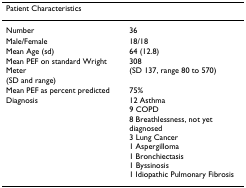
| Patient Characteristics |  |
 | --- | --- |
 | Number | 36 |
 | Male/Female | 18/18 |
 | Mean Age (sd) | 64 (12.8) |
 | Mean PEF on standard Wright Meter(SD and range) | 308(SD 137, range 80 to 570) |
 | Mean PEF as percent predicted | 75% |
 | Diagnosis | 12 Asthma9 COPD8 Breathlessness, not yet diagnosed3 Lung Cancer1 Aspergilloma1 Bronchiectasis1 Byssinosis1 Idiopathic Pulmonary Fibrosis |